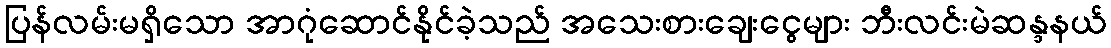
ပြန်လမ်းမရှိသော အာဂုံဆောင်နိုင်ခဲ့သည် အသေးစားချေးငွေများ ဘီးလင်းမဲဆန္ဒနယ်